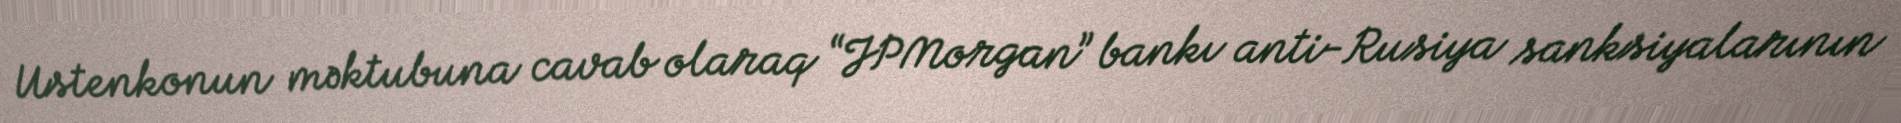
Ustenkonun məktubuna cavab olaraq “JPMorgan” bankı anti-Rusiya sanksiyalarının